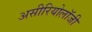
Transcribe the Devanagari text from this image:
असीरियोलॉजी